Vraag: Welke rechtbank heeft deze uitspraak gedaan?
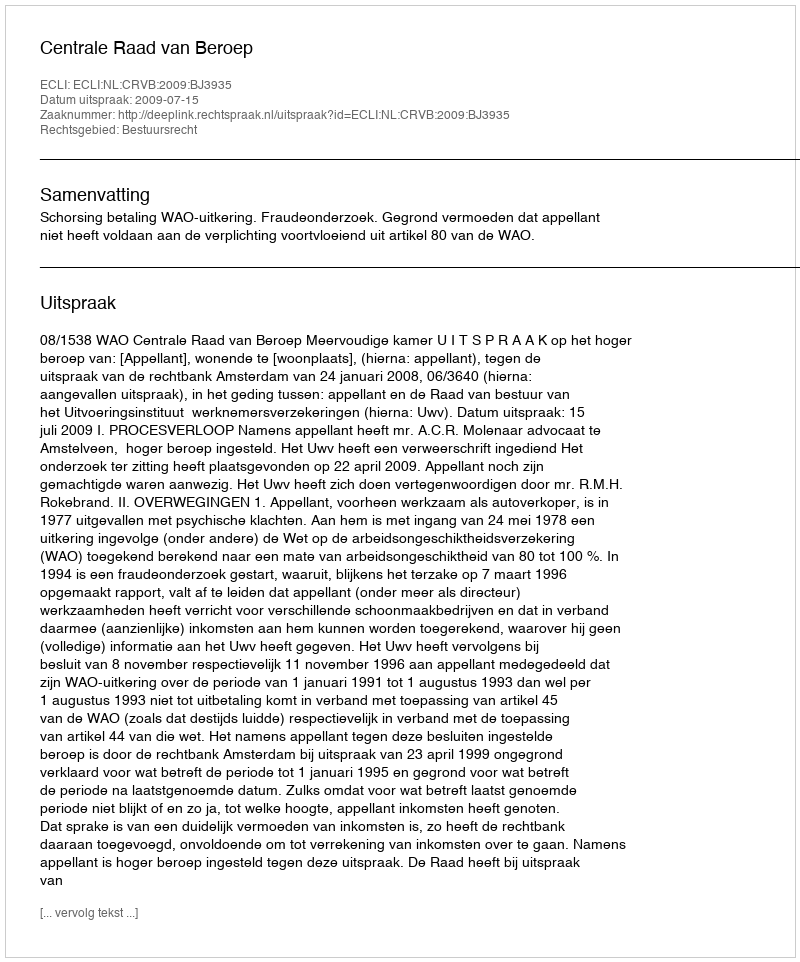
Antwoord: Centrale Raad van Beroep